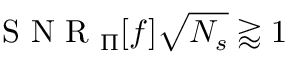
\mathrm { ~ S ~ N ~ R ~ } _ { \Pi } [ f ] \sqrt { N _ { s } } \gtrapprox 1